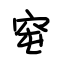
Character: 窀